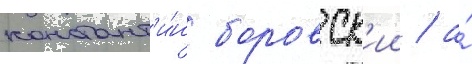
констант'и́н боровск'ии / а́